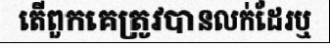
តើពួកគេត្រូវបានលក់ដែរឬ